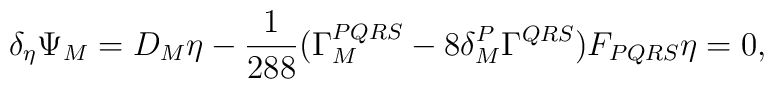
\delta_{\eta} \Psi_{M} = D_{M} \eta - \frac{1}{288} (\Gamma_{M}^{PQRS} - 8 \delta^{P}_{M} \Gamma^{QRS} ) F_{PQRS} \eta = 0,